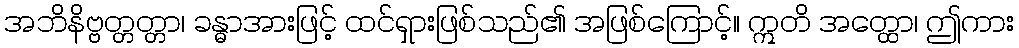
အဘိနိဗ္ဗတ္တတ္တာ၊ ခန္ဓာအားဖြင့် ထင်ရှားဖြစ်သည်၏ အဖြစ်ကြောင့်။ ဣတိ အတ္ထော၊ ဤကား